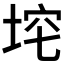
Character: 𪣞